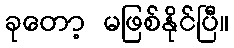
ခုတော့ မဖြစ်နိုင်ပြီ။